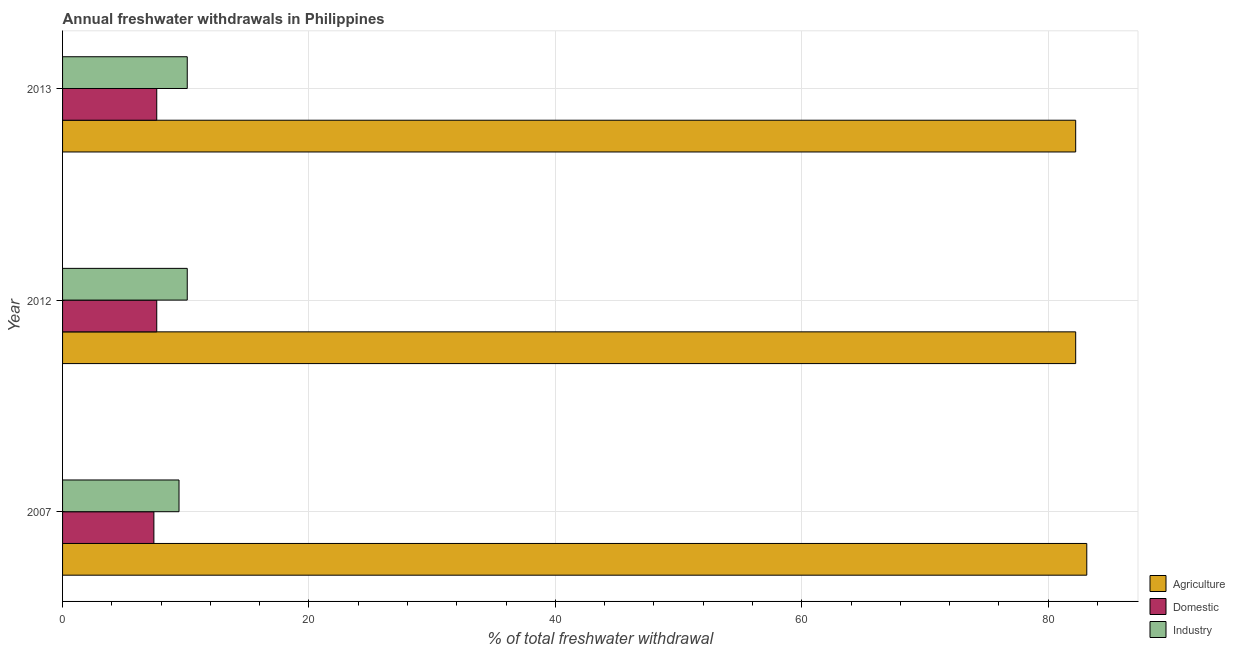
| Year | Agriculture | Domestic | Industry |
 | --- | --- | --- | --- |
 | 2007 | 83.1 | 7.41 | 9.45 |
 | 2012 | 82.2 | 7.64 | 10.1 |
 | 2013 | 82.2 | 7.64 | 10.1 |